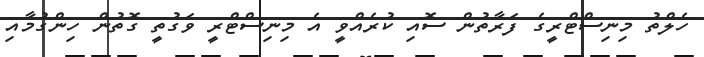
ހެލްތު މިނިސްޓްރީގެ ފަރާތުން ސޮއި ކުރެއްވީ އެ މިނިސްޓްރީ ވަގުތީ ގޮތުން ހިންގުމާއި